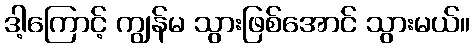
ဒါ့ကြောင့် ကျွန်မ သွားဖြစ်အောင် သွားမယ်။